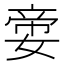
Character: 㛳